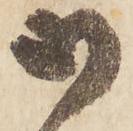
御